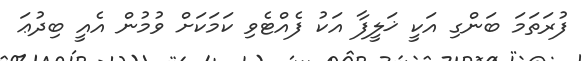
ފުރަތަމަ ބަންގި އަކީ ޚަލީފާ އަކު ފެއްޓެވި ކަމަކަށް ވުމުން އެއީ ބިދުޢަ